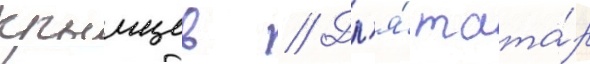
крымцев // Дл'я́ тата́р